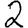
Digit: 2